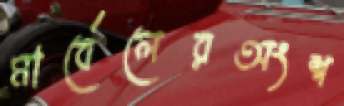
মার্বেলেরঅংশ